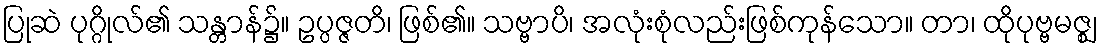
ပြုဆဲ ပုဂ္ဂိုလ်၏ သန္တာန်၌။ ဥပ္ပဇ္ဇတိ၊ ဖြစ်၏။ သဗ္ဗာပိ၊ အလုံးစုံလည်းဖြစ်ကုန်သော။ တာ၊ ထိုပုဗ္ဗမဇ္ဈ